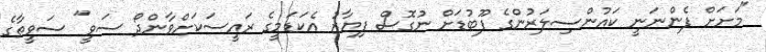
"މަށަށް ފެންނަނީ ކައުންސިލަރުންގެ ފޫބުޑަށް ނުގޮސް ފިޔާޒު އެކަޑަމީގެ ރައީސަކަށްވާންދޯ ސަވީ" ސަވީތާގެ